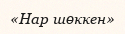
«Нар шөккен»